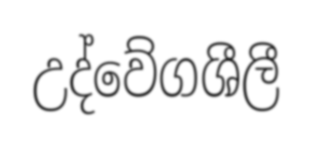
උද්වේගශීලී